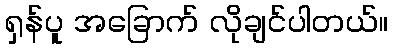
ရှန်ပူ အခြောက် လိုချင်ပါတယ်။